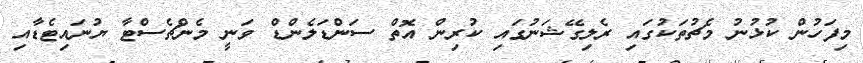
މިފަހުން ކުޅުނު މެޗުތަކުގައި ރެލިގޭޝަނުގައި ކުރިން އޮތް ސަންޑަލެންޑް ވަނީ މެންޗެސްޓާ ޔުނައިޓެޑާއި